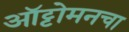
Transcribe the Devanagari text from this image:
ऑट्टोमनचा